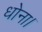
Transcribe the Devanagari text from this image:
धोना।